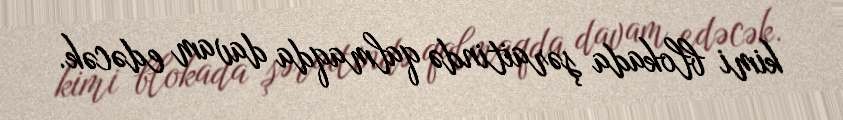
kimi blokada şəraitində qalmaqda davam edəcək.